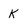
Character: K